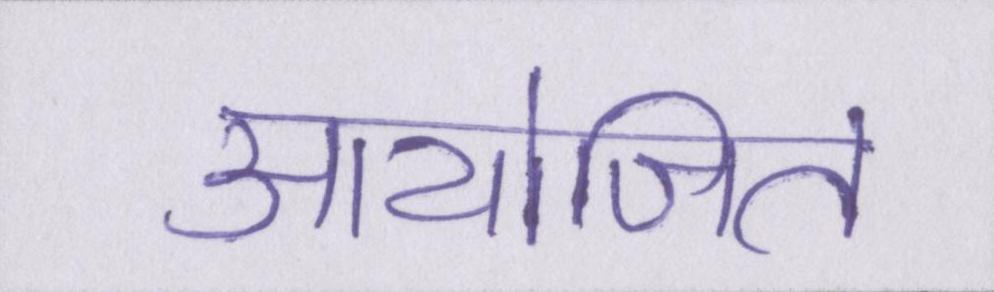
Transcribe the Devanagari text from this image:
आयोजित